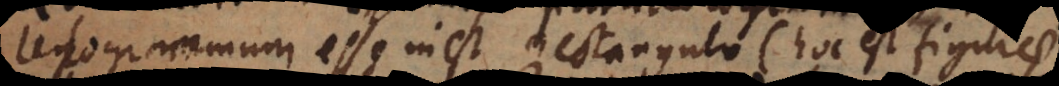
parallelogrammum esse inest rectangulo (hoc est figurae